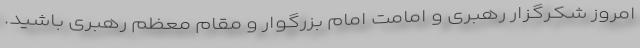
امروز شکرگزار رهبری و امامت امام بزرگوار و مقام معظم رهبری باشید.